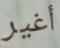
أغير